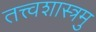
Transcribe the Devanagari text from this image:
तत्त्वशास्त्रमु